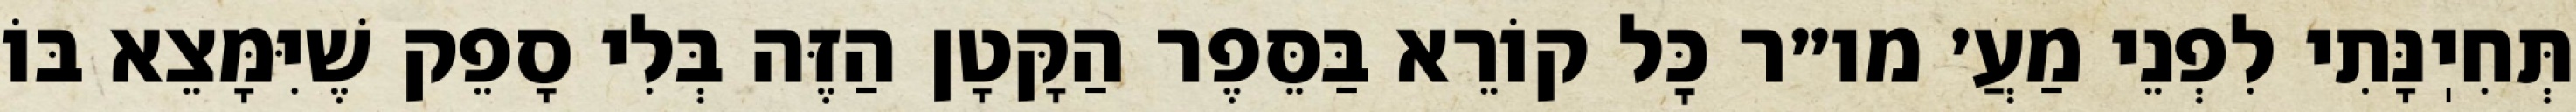
תְּחִיֽנָּתִי לִפְנֵי מַעֲ׳ מו״ר כׇּל קוֹרֵא בַּסֵּפֶר הַקָּטָן הַזֶּה בְּלִי סָפֵק שֶׁיִּמָּצֵא בּוֹ